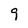
Character: 9